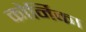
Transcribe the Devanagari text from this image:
कोर्निका